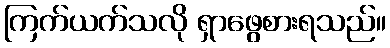
ကြက်ယက်သလို ရှာဖွေစားရသည်။